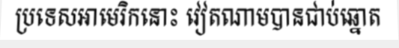
ប្រទេសអាមេរិកនោះ វៀតណាមបានជាប់ឆ្នោត